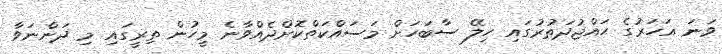
ވަނަ އަހަރުގެ ޙައްޖުދަތުރުގައި ހިލޭ ސާބަހަށް މަސައްކަތްކޮށްދެއްވާނެ މީހުން ތިރީގައި މި ދަންނަވާ